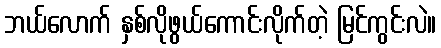
ဘယ်လောက် နှစ်လိုဖွယ်ကောင်းလိုက်တဲ့ မြင်ကွင်းလဲ။